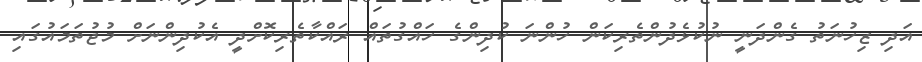
އަދި ޒިހުނަތު ގެންދަނީ ނުކުޅެދުންތެރިކަން ހުންނަ ކުދިންގެ ހައްގުތައް ރައްކާތެރިކޮށްދީ އެކުދިންނަށް މުޖުތަމައުގައި